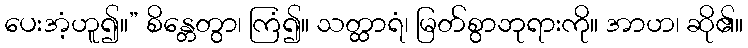
ပေးအံ့ဟူ၍။” စိန္တေတွာ၊ ကြံ၍။ သတ္ထာရံ၊ မြတ်စွာဘုရားကို။ အာဟ၊ ဆို၏။